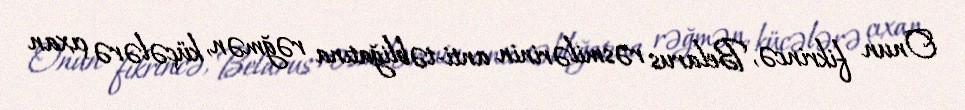
Onun fikrincə, Belarus rəsmilərinin anti-təbliğatına rəğmən, küçələrə çıxan